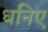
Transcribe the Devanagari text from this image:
धनिए